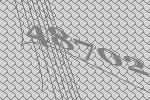
48702